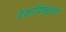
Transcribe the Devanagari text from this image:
हेमाद्रिचतुर्वर्गं